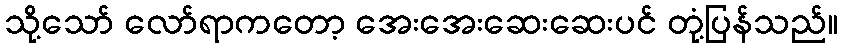
သို့သော် လော်ရာကတော့ အေးအေးဆေးဆေးပင် တုံ့ပြန်သည်။